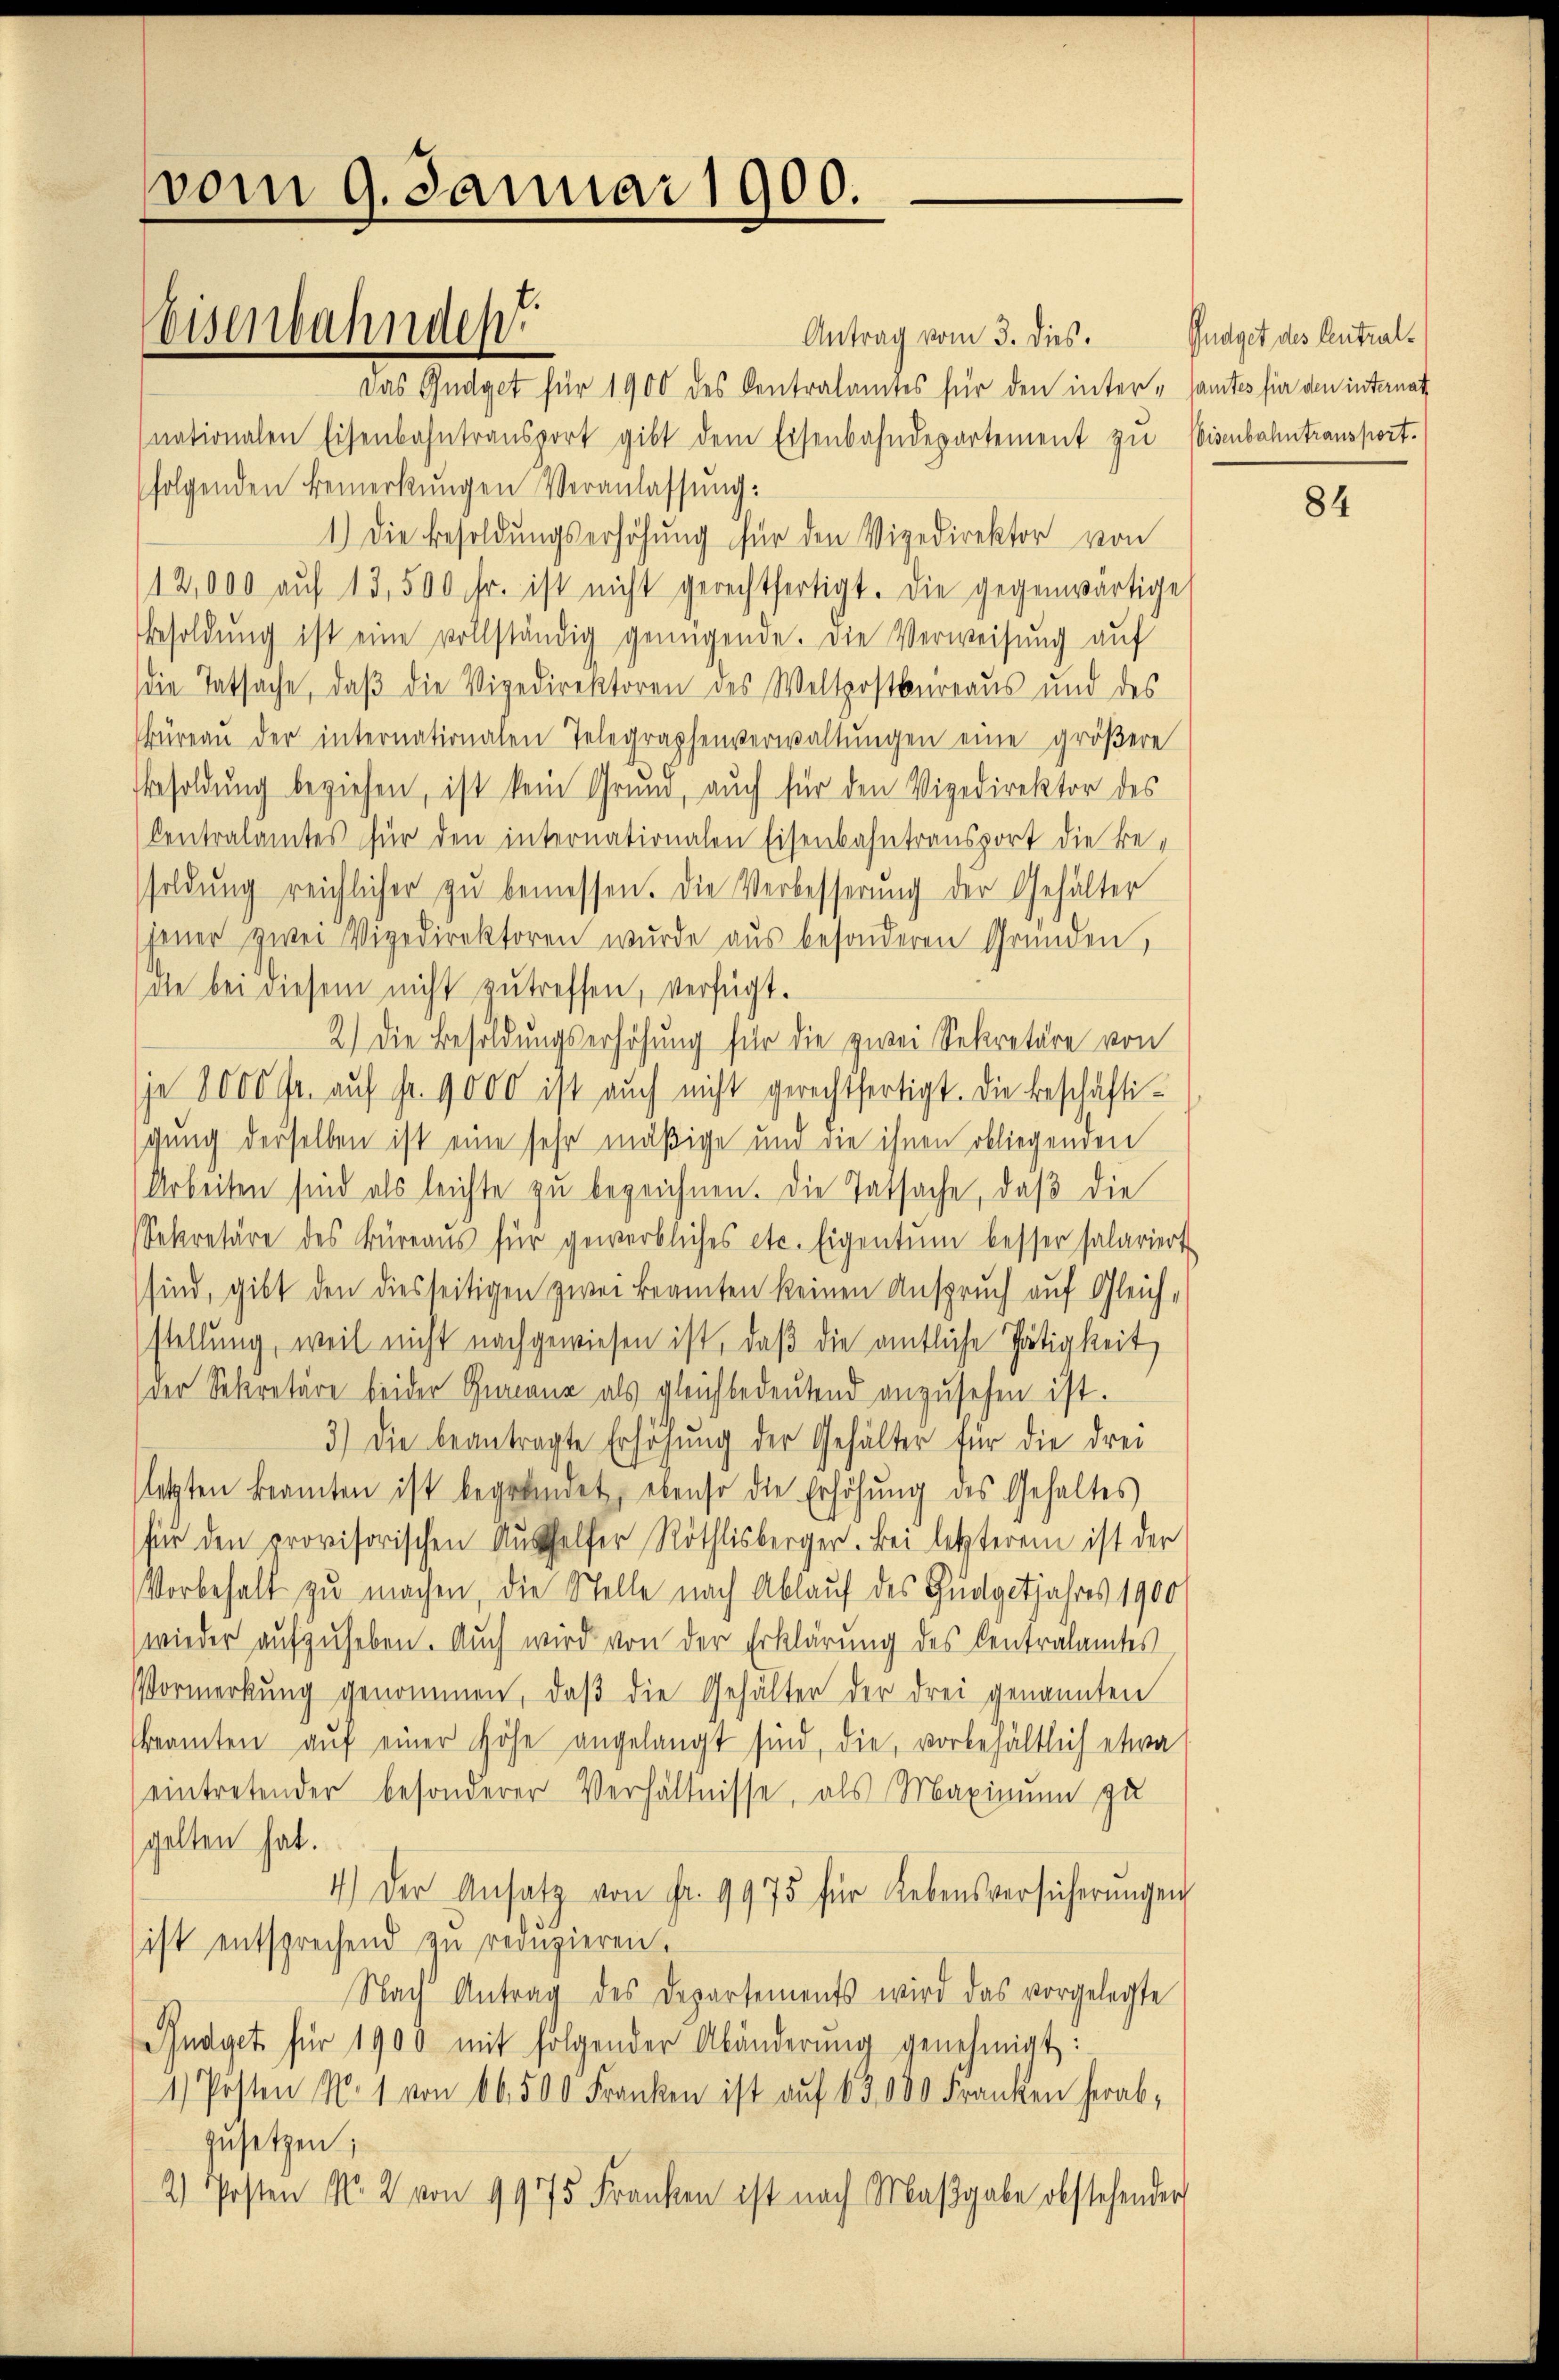
vom 9. Januar 1900.

Weisenbahnden

Antrag vom 3. dies.
Das Gudget für 1900 des Kontralamtes für den inter - samtes für den internat
nationalen Eisenbahntransport gibt dem Eisenbahndepartement zu Eisenbahntransport.
folgenden Bemerkungen Veranlassung:
1.) Die Besoldungserhöhung für den Vizedirektor von
12,000 aŭf 13,500 Fr. ist nicht gerechtfertigt. Die gegenwärtige
Besoldung ist eine vollständig genügende. Die Verweisung auf
die Tatsache, daß die Vigedirektoren des Weltpostbureaus und des
Büreaŭ der internationalen Telegraphenverwaltungen eine größere
Besoldung beziehen, ist kein Grund, auch für den Vizedirektor des
Centralamtes für den internationalen Eisenbahntransport die Besoldŭng reichlicher zŭ bemessen. Die Verbesserung der Gehälter
jener zwei Vigedirektoren wurde aus besonderen Gründen,
die bei diesem nicht zutreffen, verfügt.
2.) Die Besoldungserhöhung für die zwei Sekretäre von
je 8000 Fr. auf Fr. 9000 ist auch nicht gerechtfertigt. Die beschäftischung derselben ist eine sehr mäßige und die ihnen obliegenden
Arbeiten sind als leichte zu bezeichnen. Die Tatsache, daß die
Sekretäre des Büreaŭs für gewerbliches etc. Eigentum besser salariert
sind, gibt den diesseitigen zwei Beamten keinen Anspruch auf Gleich,
stellung, weil nicht nachgewiesen ist, daß die amtliche Tätigkeit
der Sekretäre beider Geranz als gleichbedeutend anzusehen ist.
3.) Die beantragte Erhöhŭng der Gehälter für die drei
letzten Beamten ist begründet, ebenso die Erhöhŭng des Gehaltes
für den provisorischen Aushelfer Röthlisberger. Bei letzterem ist der
Vorbehalt zu machen, die Stelle nach Ablauf des Budgetjahres 1900
wieder aufzuheben. Auch wird von der Erklärung des Centralamtes
Vormerkung genommen, daß die Gehalter der drei genannten
beamten aŭf einer Höhe angelangt sind, die, vorbehältlich etwa
eintretender besonderer Verhältnisse, als Maximum zu
gelten hat.
4.) Der Ansatz von Fr. 9975 für Lebensversicherŭngen
ist entsprechend zu redŭzieren.
Nach Antrag des Departements wird das vorgelegte
Budget für 1900 mit folgender Abänderŭng genehmigt:
1) Posten N. 1 von 66,500 Franken ist auf 13,000 Franken herabzusetzen;
2) Posten No 2 von 9975 Franken ist nach Maβgabe obstehender

Gudget des Central¬

84